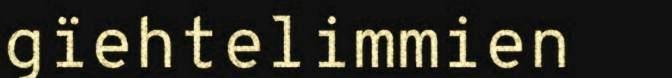
gïehtelimmien